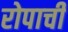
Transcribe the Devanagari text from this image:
रोपाची